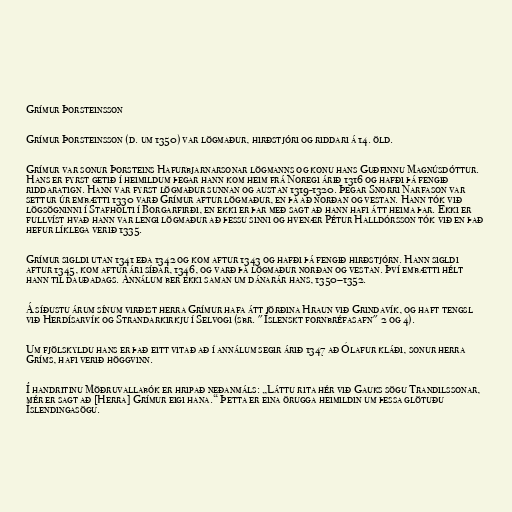
Grímur Þorsteinsson

Grímur Þorsteinsson (d. um 1350) var lögmaður, hirðstjóri og riddari á 14. öld.

Grímur var sonur Þorsteins Hafurbjarnarsonar lögmanns og konu hans Guðfinnu Magnúsdóttur.
Hans er fyrst getið í heimildum þegar hann kom heim frá Noregi árið 1316 og hafði þá fengið
riddaratign. Hann var fyrst lögmaður sunnan og austan 1319-1320. Þegar Snorri Narfason var
settur úr embætti 1330 varð Grímur aftur lögmaður, en þá að norðan og vestan. Hann tók við
lögsögninni í Stafholti í Borgarfirði, en ekki er þar með sagt að hann hafi átt heima þar. Ekki er
fullvíst hvað hann var lengi lögmaður að þessu sinni og hvenær Pétur Halldórsson tók við en það
hefur líklega verið 1335.

Grímur sigldi utan 1341 eða 1342 og kom aftur 1343 og hafði þá fengið hirðstjórn. Hann sigldi
aftur 1345, kom aftur ári síðar, 1346, og varð þá lögmaður norðan og vestan. Því embætti hélt
hann til dauðadags. Annálum ber ekki saman um dánarár hans, 1350–1352.

Á síðustu árum sínum virðist herra Grímur hafa átt jörðina Hraun við Grindavík, og haft tengsl
við Herdísarvík og Strandarkirkju í Selvogi (sbr. "Íslenskt fornbréfasafn" 2 og 4).

Um fjölskyldu hans er það eitt vitað að í annálum segir árið 1347 að Ólafur kláði, sonur herra
Gríms, hafi verið höggvinn.

Í handritinu Möðruvallabók er hripað neðanmáls: „Láttu rita hér við Gauks sögu Trandilssonar,
mér er sagt að [Herra] Grímur eigi hana.“ Þetta er eina örugga heimildin um þessa glötuðu
Íslendingasögu.